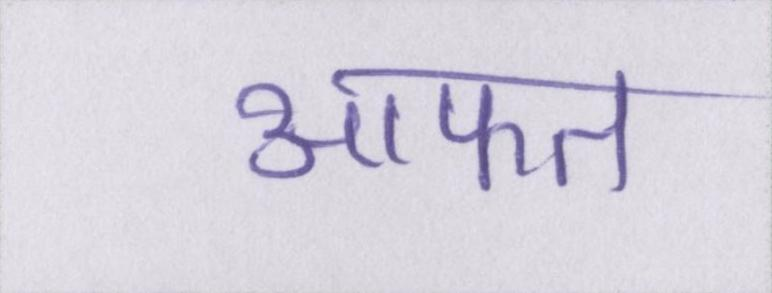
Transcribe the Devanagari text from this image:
आफत